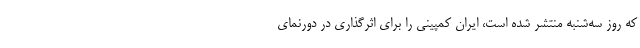
که روز سه‌شنبه منتشر شده است، ایران کمپینی را برای اثرگذاری در دورنمای